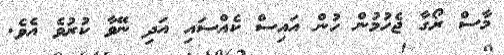
މާސް ރޯގާ ޖެހުމުން ހުން އައިސް ކެއްސައި އަދި ނޭވާ ކުރުވެ އެވެ.